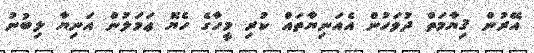
އޭރުން ޤިޔާމަތް ދުވަހުން އެއަނިޔާތައް ކުރި މީހާގެ ހެޔޮ ޢަމަލުން އަނިޔާ ލިބުނު